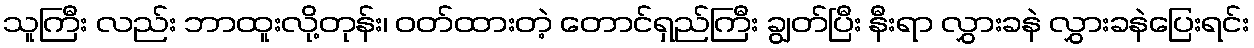
သူကြီး လည်း ဘာထူးလို့တုန်း၊ ဝတ်ထားတဲ့ တောင်ရှည်ကြီး ချွတ်ပြီး နီးရာ လွှားခနဲ လွှားခနဲပြေးရင်း